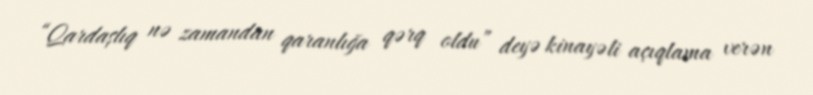
“Qardaşlıq nə zamandan qaranlığa qərq oldu” deyə kinayəli açıqlama verən